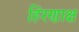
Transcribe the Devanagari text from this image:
हिरणाक्ष